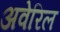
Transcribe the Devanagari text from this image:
अवेरिल